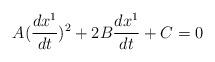
LaTeX: \begin{align*}A(\frac{dx^1}{dt})^2+2B\frac{dx^1}{dt}+C=0\end{align*}